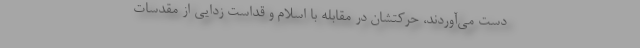
دست می‌آوردند، حرکتشان در مقابله با اسلام و قداست زدایی از مقدسات